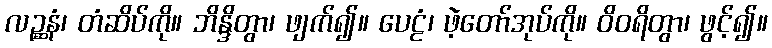
လဉ္ဆနံ၊ တံဆိပ်ကို။ ဘိန္ဒိတွာ၊ ဖျက်၍။ ပေဠံ၊ ဖဲ့တော်အုပ်ကို။ ဝိဝရိတွာ၊ ဖွင့်၍။